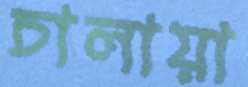
চালায়া